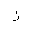
Letter: _zay